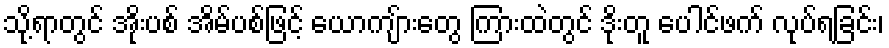
သို့ရာတွင် အိုးပစ် အိမ်ပစ်ဖြင့် ယောကျ်ားတွေ ကြားထဲတွင် ဒိုးတူ ပေါင်ဖက် လုပ်ရခြင်း၊